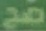
صح